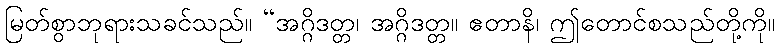
မြတ်စွာဘုရားသခင်သည်။ “အဂ္ဂိဒတ္တ၊ အဂ္ဂိဒတ္တ။ ဧတာနိ၊ ဤတောင်စသည်တို့ကို။